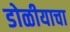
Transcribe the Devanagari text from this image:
डोळीयाचा